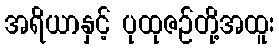
အရိယာနှင့် ပုထုဇဉ်တို့အထူး